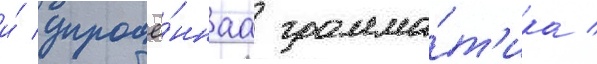
и́ упрощё́ннаа грамма́т'ика /